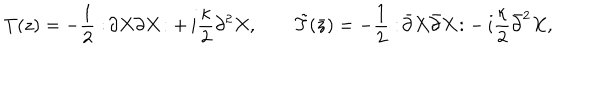
T ( z ) = - \frac { 1 } { 2 } : \! \partial X \partial X \! : + \, i \frac { \kappa } { 2 } \partial ^ { 2 } X , \qquad \tilde { T } ( \bar { z } ) = - \frac { 1 } { 2 } : \! \bar { \partial } X \bar { \partial } X \! : - \, i \frac { \kappa } { 2 } \bar { \partial } ^ { 2 } X ,